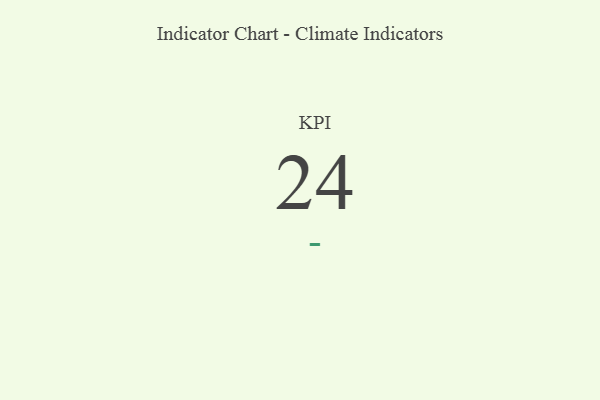
{"axis": {"x": "KPI", "y": "Value"}, "legend": [""], "data": [{"x": "KPI", "y": 24, "type": ""}]}